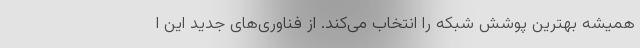
همیشه بهترین پوشش شبکه را انتخاب می‌کند. از فناوری‌های جدید این ا